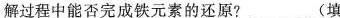
解过程中能否完成铁元素的还原?___(填